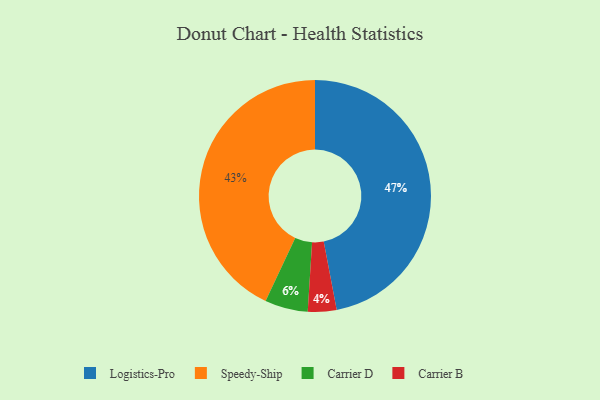
{"axis": {"x": "Category", "y": "Percentage"}, "legend": ["Carrier B", "Carrier D", "Logistics-Pro", "Speedy-Ship"], "data": [{"x": "Carrier B", "y": 4, "type": "Carrier B"}, {"x": "Speedy-Ship", "y": 43, "type": "Speedy-Ship"}, {"x": "Logistics-Pro", "y": 47, "type": "Logistics-Pro"}, {"x": "Carrier D", "y": 6, "type": "Carrier D"}]}